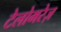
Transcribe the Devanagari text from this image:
टेलोमरेज़